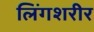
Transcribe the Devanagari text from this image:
लिंगशरीर